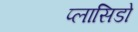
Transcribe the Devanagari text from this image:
प्लासिडो